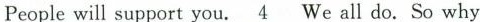
Peoplewill support you.\underline{4}We all do. So why